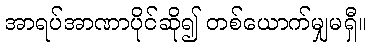
အာရပ်အာဏာပိုင်ဆို၍ တစ်ယောက်မျှမရှီ။